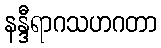
နန္ဒီရာဂသဟဂတာ